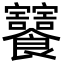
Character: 𩟸